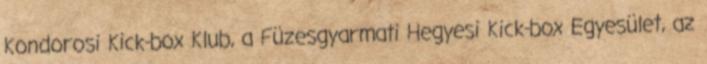
Kondorosi Kick-box Klub, a Füzesgyarmati Hegyesi Kick-box Egyesület, az